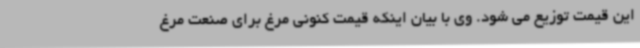
این قیمت توزیع می شود. وی با بیان اینکه قیمت کنونی مرغ برای صنعت مرغ